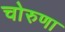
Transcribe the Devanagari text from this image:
चोरुणा